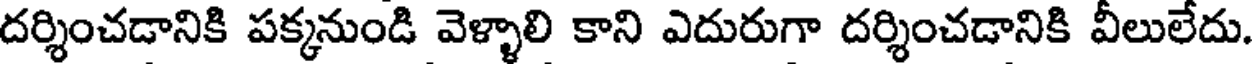
దర్శించడానికి పక్కనుండి వెళ్ళాలి కాని ఎదురుగా దర్శించడానికి వీలులేదు.